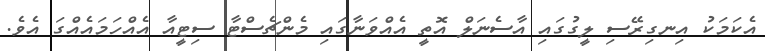
އެކަމަކު އިނގިރޭސި ލީގުގައި އާސެނަލް އޮތީ އެއްވަނާގައި މެންޗެސްޓާ ސިޓީއާ އެއްހަމައެއްގަ އެވެ.